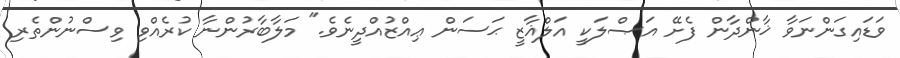
ވަޑައިގަންނަވާ ޚާންދާން ފެށޭ އަޞްލަކީ އަލްޣާޒީ ޙަސަން ޢިއްޒުއްދީނެވެ." މަލާބާރުންނާ ކުރެއްވި ވިސްނުންތެރި